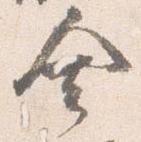
舎